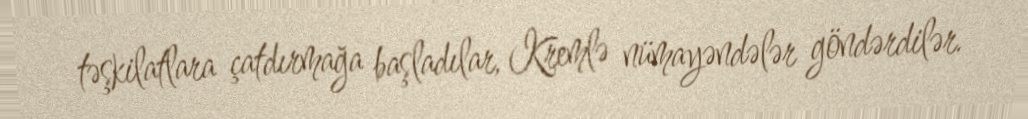
təşkilatlara çatdırmağa başladılar, Kremlə nümayəndələr göndərdilər.